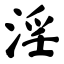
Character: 淫